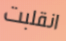
انقلبت